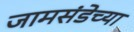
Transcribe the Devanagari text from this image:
जामसंडेच्या